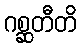
ဂစ္ဆတီတိ